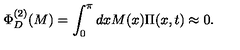
\Phi _ { D } ^ { ( 2 ) } ( M ) = \int _ { 0 } ^ { \pi } d x M ( x ) \Pi ( x , t ) \approx 0 .